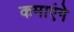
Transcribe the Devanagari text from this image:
कमाएंगे